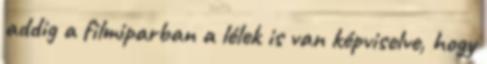
addig a filmiparban a lélek is van képviselve, hogy